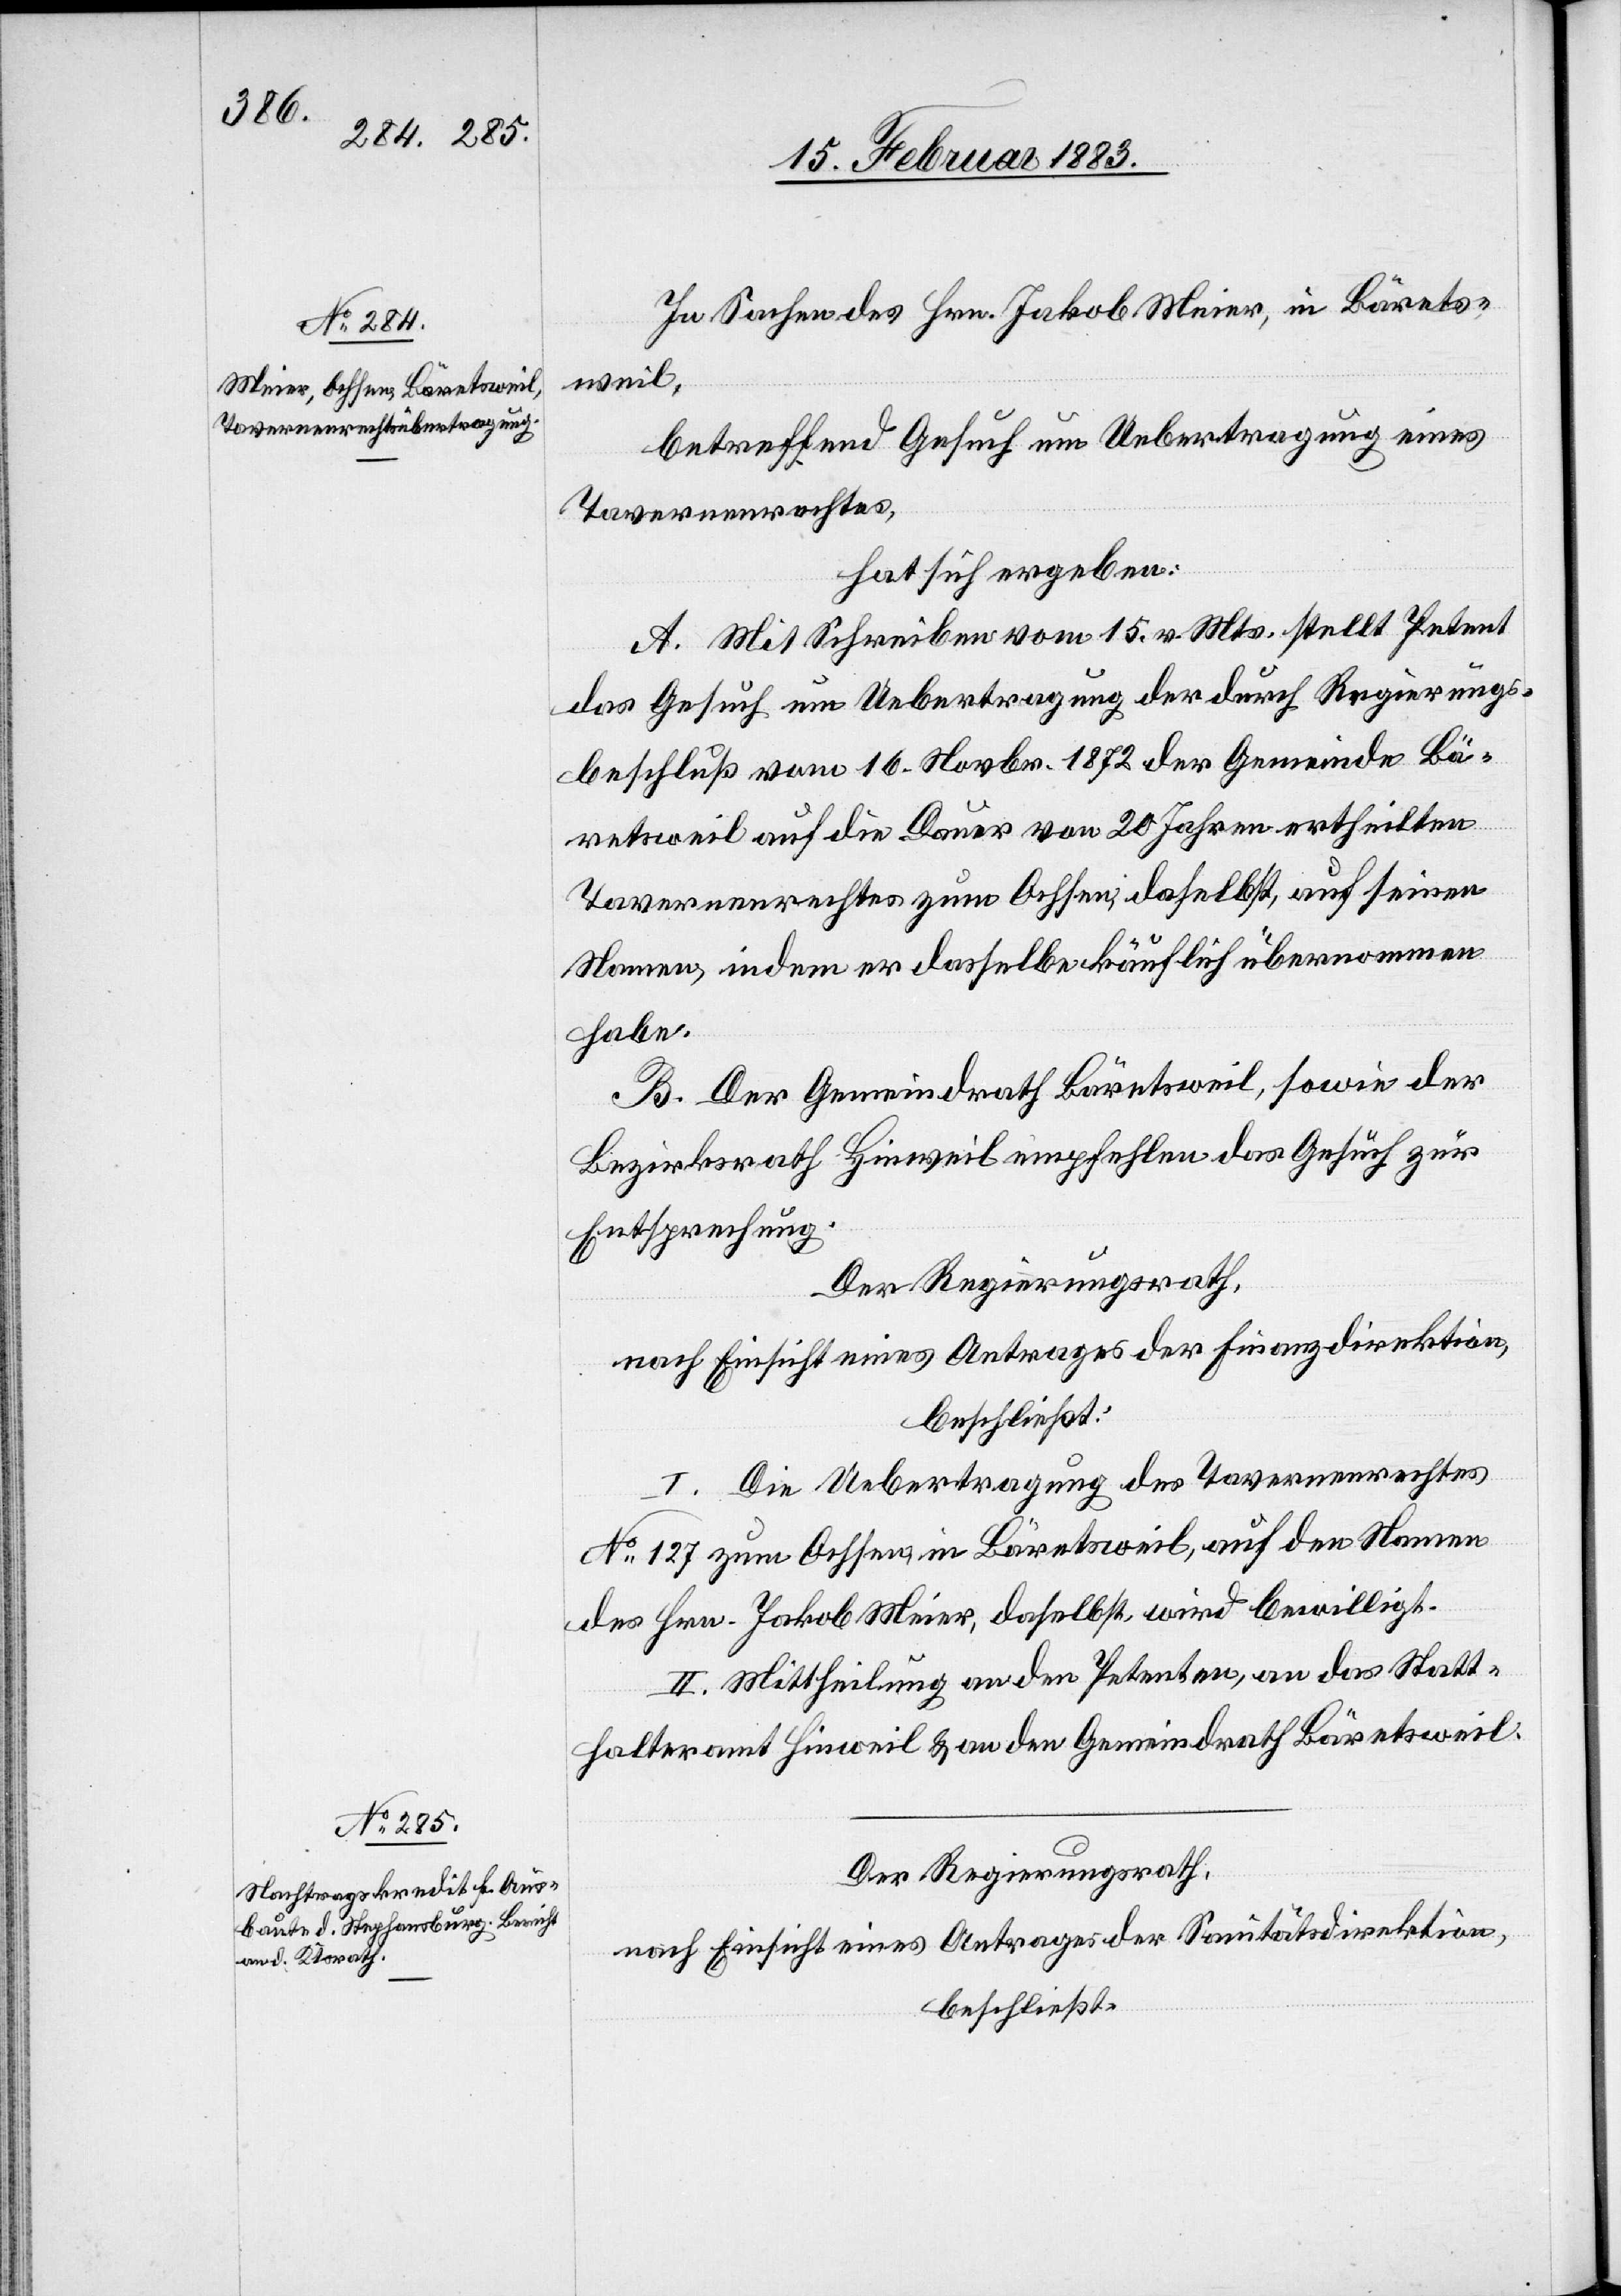
In Sachen des Hrn. Jakob Meier, in Bärets¬
weil,
betreffend Gesuch um Uebertragung eines
Tavernenrechtes,
hat sich ergeben:
A. Mit Schreiben vom 15. v. Mts. stellt Petent
das Gesuch um Uebertragung der [recte: des] durch Regierungs¬
beschluß vom 16. Novbr. 1872 der Gemeinde Bä¬
retsweil auf die Dauer von 20 Jahren ertheilten
Tavernenrechtes zum Ochsen, daselbst, auf seinen
Namen, indem er dasselbe käuflich übernommen
habe.
B. Der Gemeindrath Bäretsweil, sowie der
Bezirksrath Hinweil empfehlen das Gesuch zur
Entsprechung.
Der Regierungsrath,
nach Einsicht eines Antrages der Finanzdirektion,
beschließt:
I. Die Uebertragung des Tavernenrechtes
No 127 zum Ochsen, in Bäretsweil, auf den Namen
des Hrn. Jakob Meier, daselbst, wird bewilligt.
II. Mittheilung an den Petenten, an das Statt¬
halteramt Hinweil & an den Gemeindrath Bäretsweil.
Der Regierungsrath,
nach Einsicht eines Antrages der Sanitätsdirektion,
beschließt: